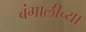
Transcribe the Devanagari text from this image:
बंगालीच्या